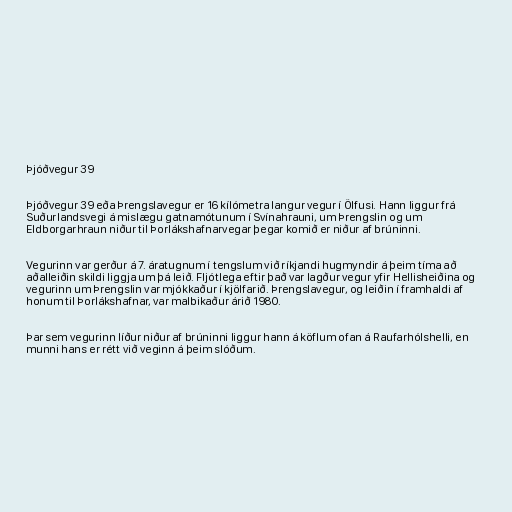
Þjóðvegur 39

Þjóðvegur 39 eða Þrengslavegur er 16 kílómetra langur vegur í Ölfusi. Hann liggur frá
Suðurlandsvegi á mislægu gatnamótunum í Svínahrauni, um Þrengslin og um
Eldborgarhraun niður til Þorlákshafnarvegar þegar komið er niður af brúninni.

Vegurinn var gerður á 7. áratugnum í tengslum við ríkjandi hugmyndir á þeim tíma að
aðalleiðin skildi liggja um þá leið. Fljótlega eftir það var lagður vegur yfir Hellisheiðina og
vegurinn um Þrengslin var mjókkaður í kjölfarið. Þrengslavegur, og leiðin í framhaldi af
honum til Þorlákshafnar, var malbikaður árið 1980.

Þar sem vegurinn líður niður af brúninni liggur hann á köflum ofan á Raufarhólshelli, en
munni hans er rétt við veginn á þeim slóðum.